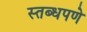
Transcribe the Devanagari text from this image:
स्तब्धपणे